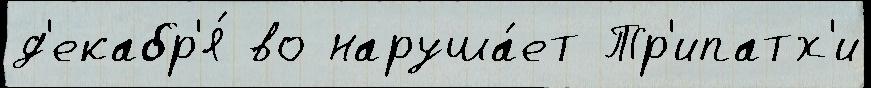
д'екабр'я́ во наруша́ет Тр'ипатх'и